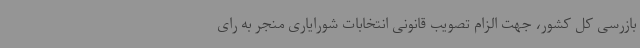
بازرسی کل کشور، جهت الزام تصویب قانونی انتخابات شورایاری منجر به رای